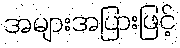
အများအပြားဖြင့်